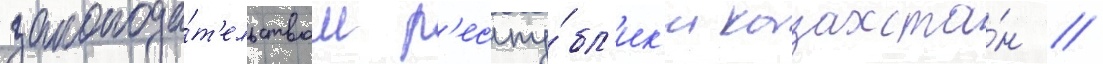
законода́т'ельством р'еспу́бл'ик'и казахста́н /